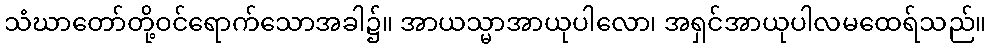
သံဃာတော်တို့ဝင်ရောက်သောအခါ၌။ အာယသ္မာအာယုပါလော၊ အရှင်အာယုပါလမထေရ်သည်။